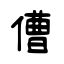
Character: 傮